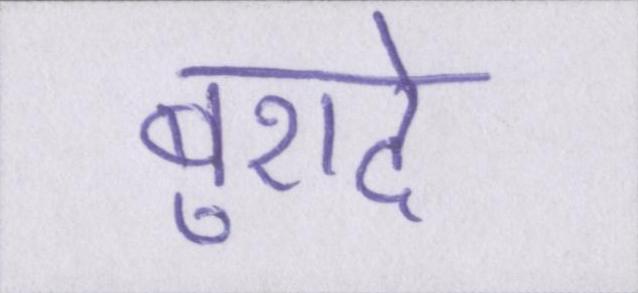
बुरादे